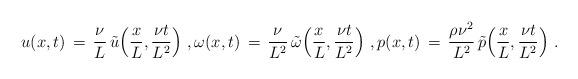
LaTeX: \begin{align*} u(x,t) \,=\, \frac{\nu}{L}\,\tilde u\Bigl(\frac{x}{L}, \frac{\nu t}{L^2}\Bigr)~, \omega(x,t) \,=\, \frac{\nu}{L^2}\,\tilde \omega\Bigl(\frac{x}{L}, \frac{\nu t}{L^2}\Bigr)~, p(x,t) \,=\, \frac{\rho\nu^2}{L^2}\,\tilde p\Bigl(\frac{x}{L}, \frac{\nu t}{L^2}\Bigr)~.\end{align*}